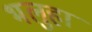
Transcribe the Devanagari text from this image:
भलुहां